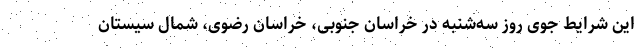
این شرایط جوی روز سه‌شنبه در خراسان جنوبی، خراسان رضوی، شمال سیستان